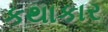
કથાકાર